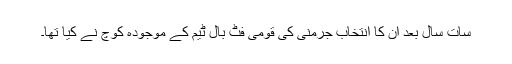
سات سال بعد ان کا انتخاب جرمنی کی قومی فٹ بال ٹیم کے موجودہ کوچ نے کیا تھا۔